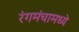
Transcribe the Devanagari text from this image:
रंगमंचामध्ये